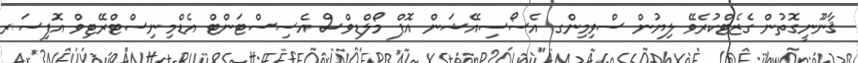
ޤާނޫނީގޮތުން ގެޒެޓްކުރެވޭ ލިޔުން ސްވިމިންގ އެސޯސިއޭޝަން އޮފް މޯލްޑިވްސް އެސިސްޓަންޓް އެޑްމިނިސްޓްރޭޓިވް އޮފިސަރ